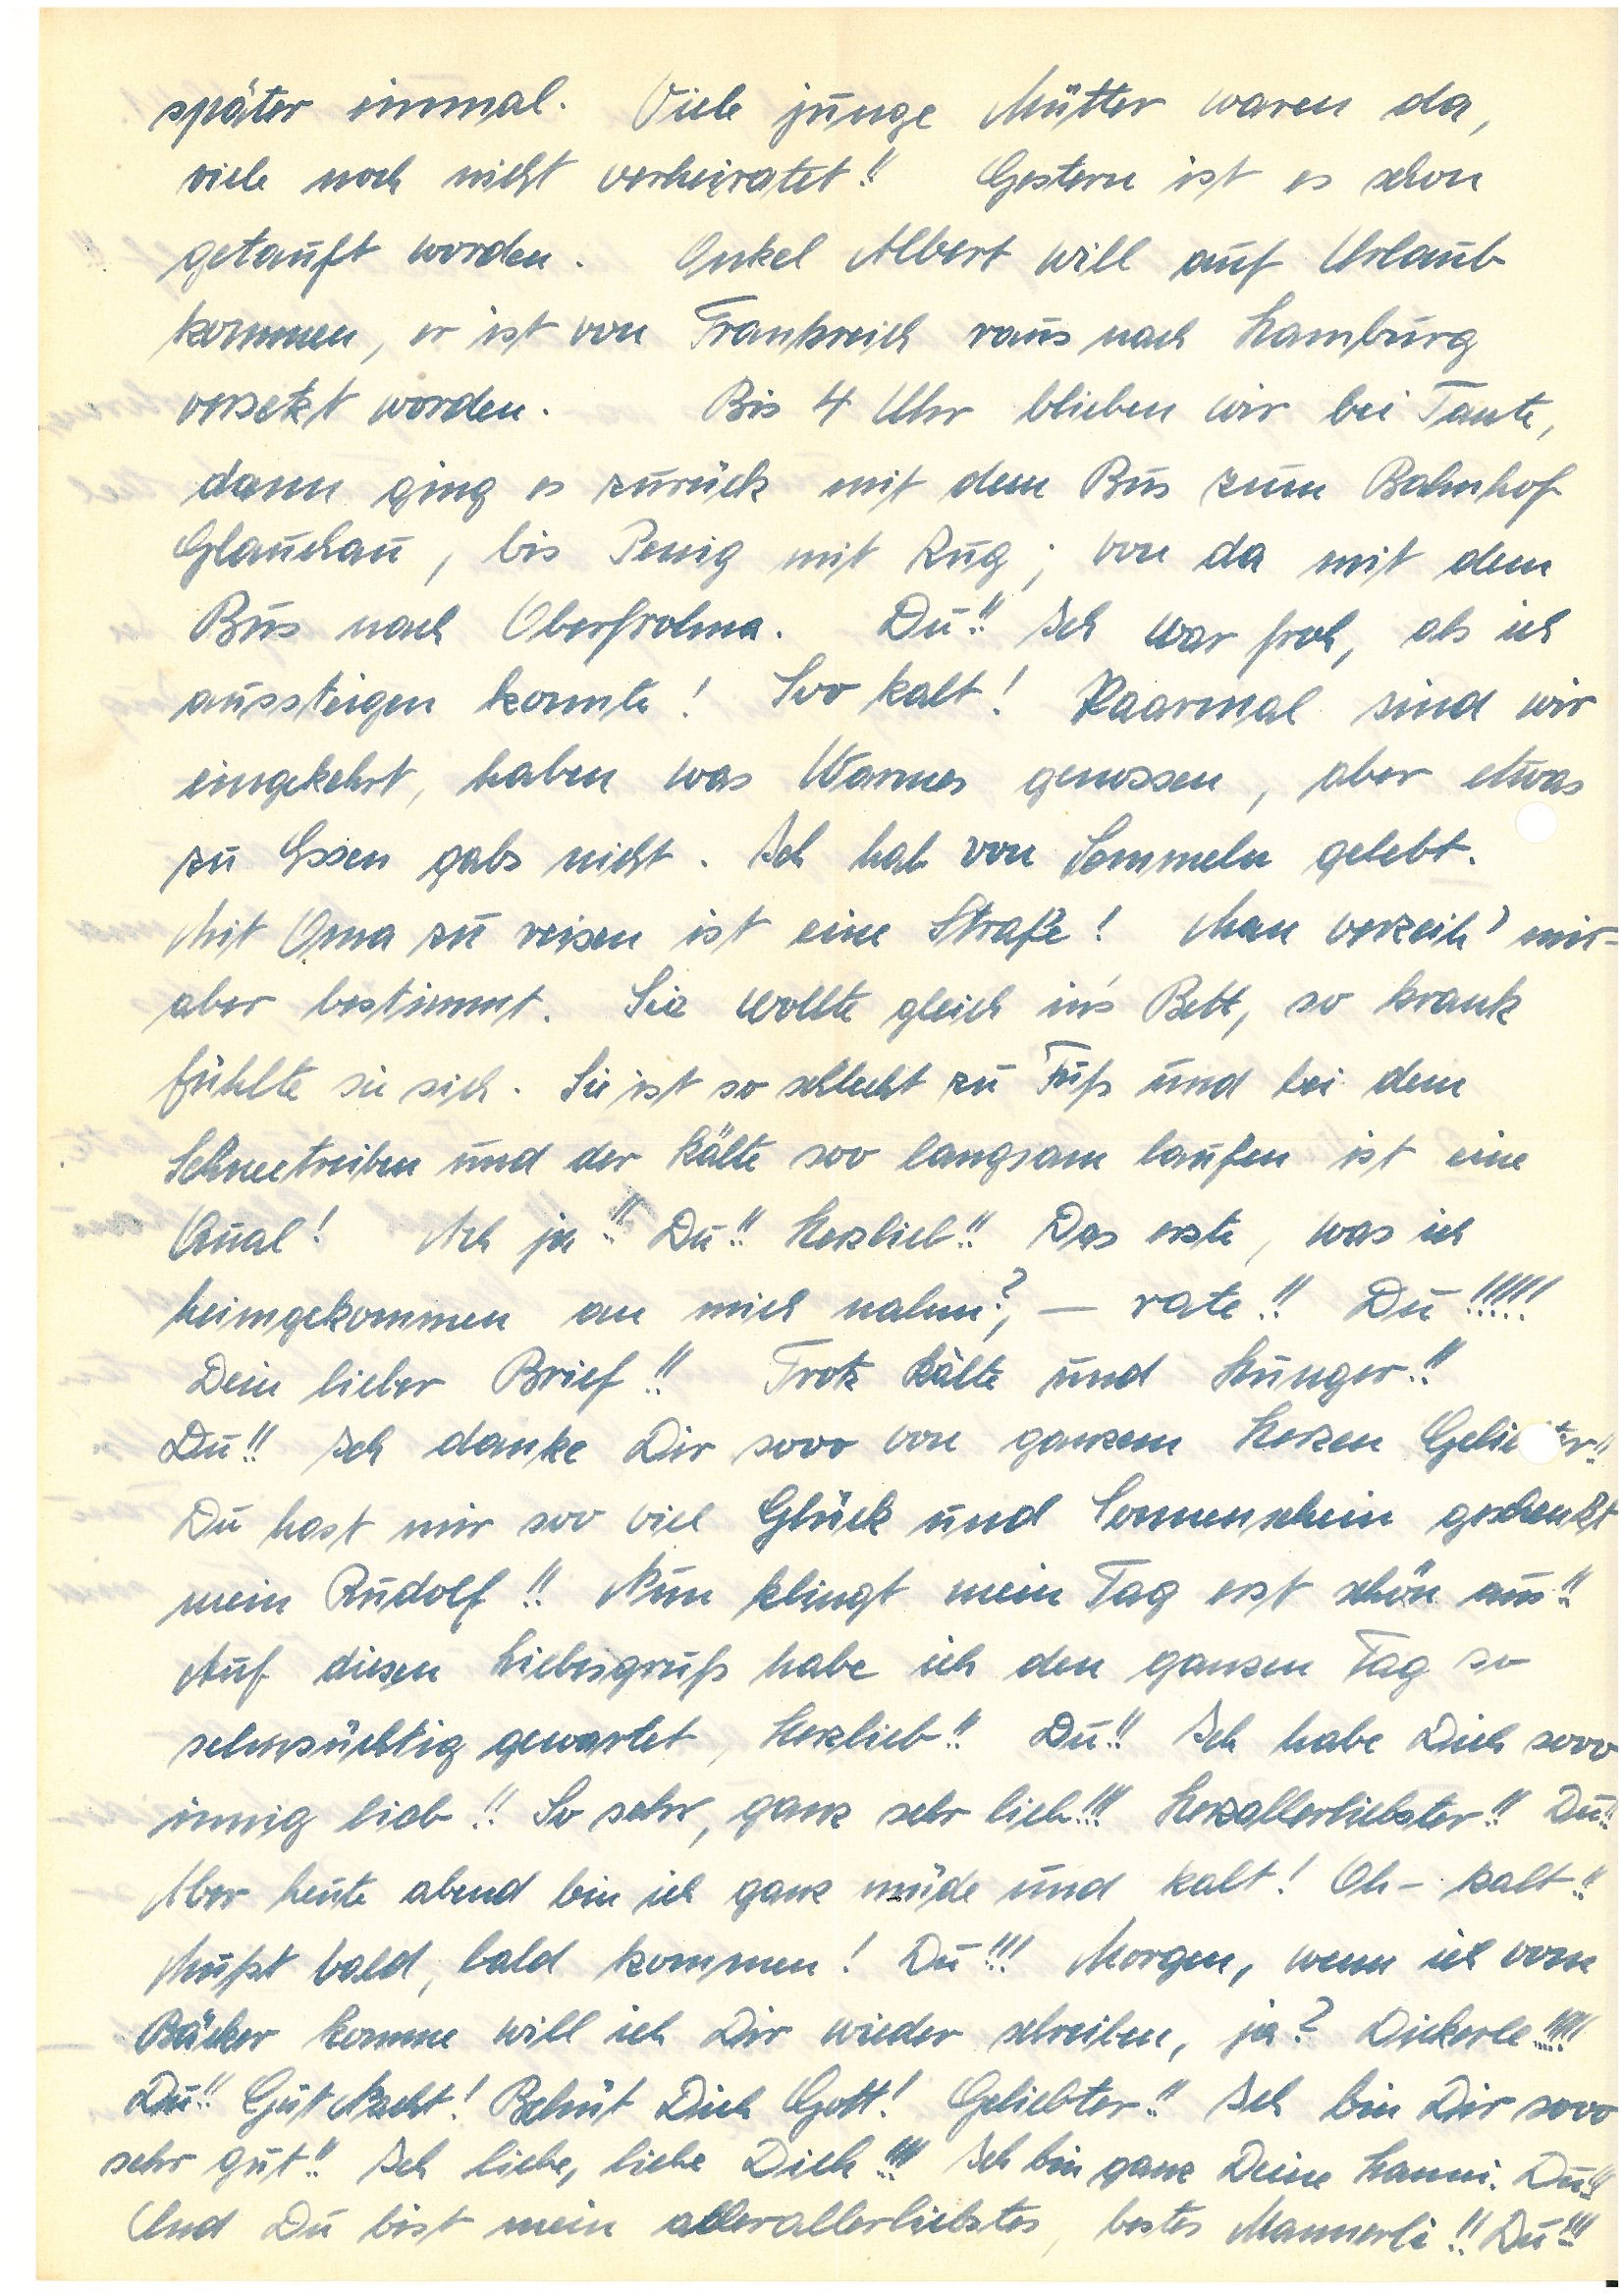
später einmal. Viele junge Mütter waren da,
viele noch nicht verheiratet! Gestern ist es schon
getauft worden. Onkel A. will auf Urlaub
kommen, er ist von Frankreich raus nach Hamburg
versetzt worden. Bis 4 Uhr blieben wir bei Tante,
dann ging es zurück mit dem Bus zum Bahnhof
G., bis P. mit Zug; von da mit dem
Bus nach O. Du!! Ich war froh, als ich
aussteigen konnte! Soo kalt! Paarmal sind wir
eingekehrt, haben was Warmes genossen, aber etwas
zu Essen gabs nicht. Ich hab von Semmeln gelebt.
Mit Oma zu reisen ist eine Strafe! Man verzeih’ mir –
aber bestimmt. Sie wollte gleich in’s Bett, so krank
fühlte sie sich. Sie ist so schlecht zu Fuß und bei dem
Schneetreiben und der Kälte soo langsam laufen ist eine
Qual! Ach ja!! Du!! Herzlieb!! Das erste, was ich
heimgekommen an mich nahm? – rate!! Du!!!!!
Dein lieber Brief!! Trotzt Kälte und Hunger!!
Du!! Ich danke Dir sooo von ganzem Herzen Gelir!!
Du hast mir soo viel Glück und Sonnenschein geschenkt
mein !! Nun klingt mein Tag erst schön aus!!
Auf diesen Liebesgruß habe ich den ganzen Tag so
sehnsüchtig gewartet, Herzlieb!! Du!! Ich habe Dich sooo
innig lieb!! So sehr, ganz sehr lieb!!! Herzallerliebster!! Du!!
Aber heute abend bin ich ganz müde und kalt! Oh – kalt!!
Müßt bald, bald kommen! Du!!! Morgen, wenn ich vom
Bäcker komme will ich Dir wieder schreiben, ja? Dickerle!!!!!
Du!! Gut Nacht! Behüt Dich Gott! Geliebter!! Ich bin Dir sooo
sehr gut!! Ich liebe, liebe Dich!!! Ich bin ganze Deine . Du!!!
Und Du bist mein allerallerliebstes, bestes Mannerle!! Du!!!